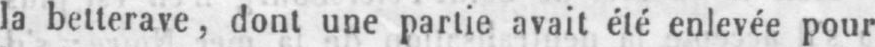
la betterave, dont une partie avait été enlevée pour